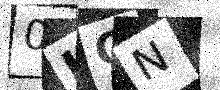
Text: 0HON